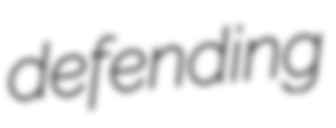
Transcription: defending